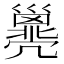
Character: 𢀈